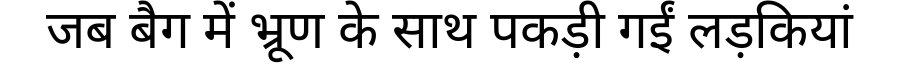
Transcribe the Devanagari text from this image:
जब बैग में भ्रूण के साथ पकड़ी गईं लड़कियां